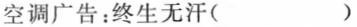
空调广告：终生无汗()